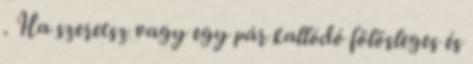
. Ha szeretsz vagy egy pár kallódó fölösleges és